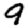
Digit: 9